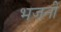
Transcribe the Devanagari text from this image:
भजनीं